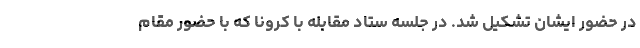
در حضور ایشان تشکیل شد. در جلسه‌ ستاد مقابله با کرونا که با حضور مقام